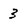
Character: 3